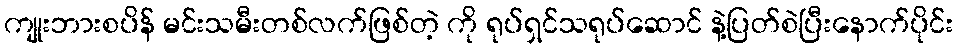
ကျုးဘားစပိန် မင်းသမီးတစ်လက်ဖြစ်တဲ့ ကို ရုပ်ရှင်သရုပ်ဆောင် နဲ့ပြတ်စဲပြီးနောက်ပိုင်း